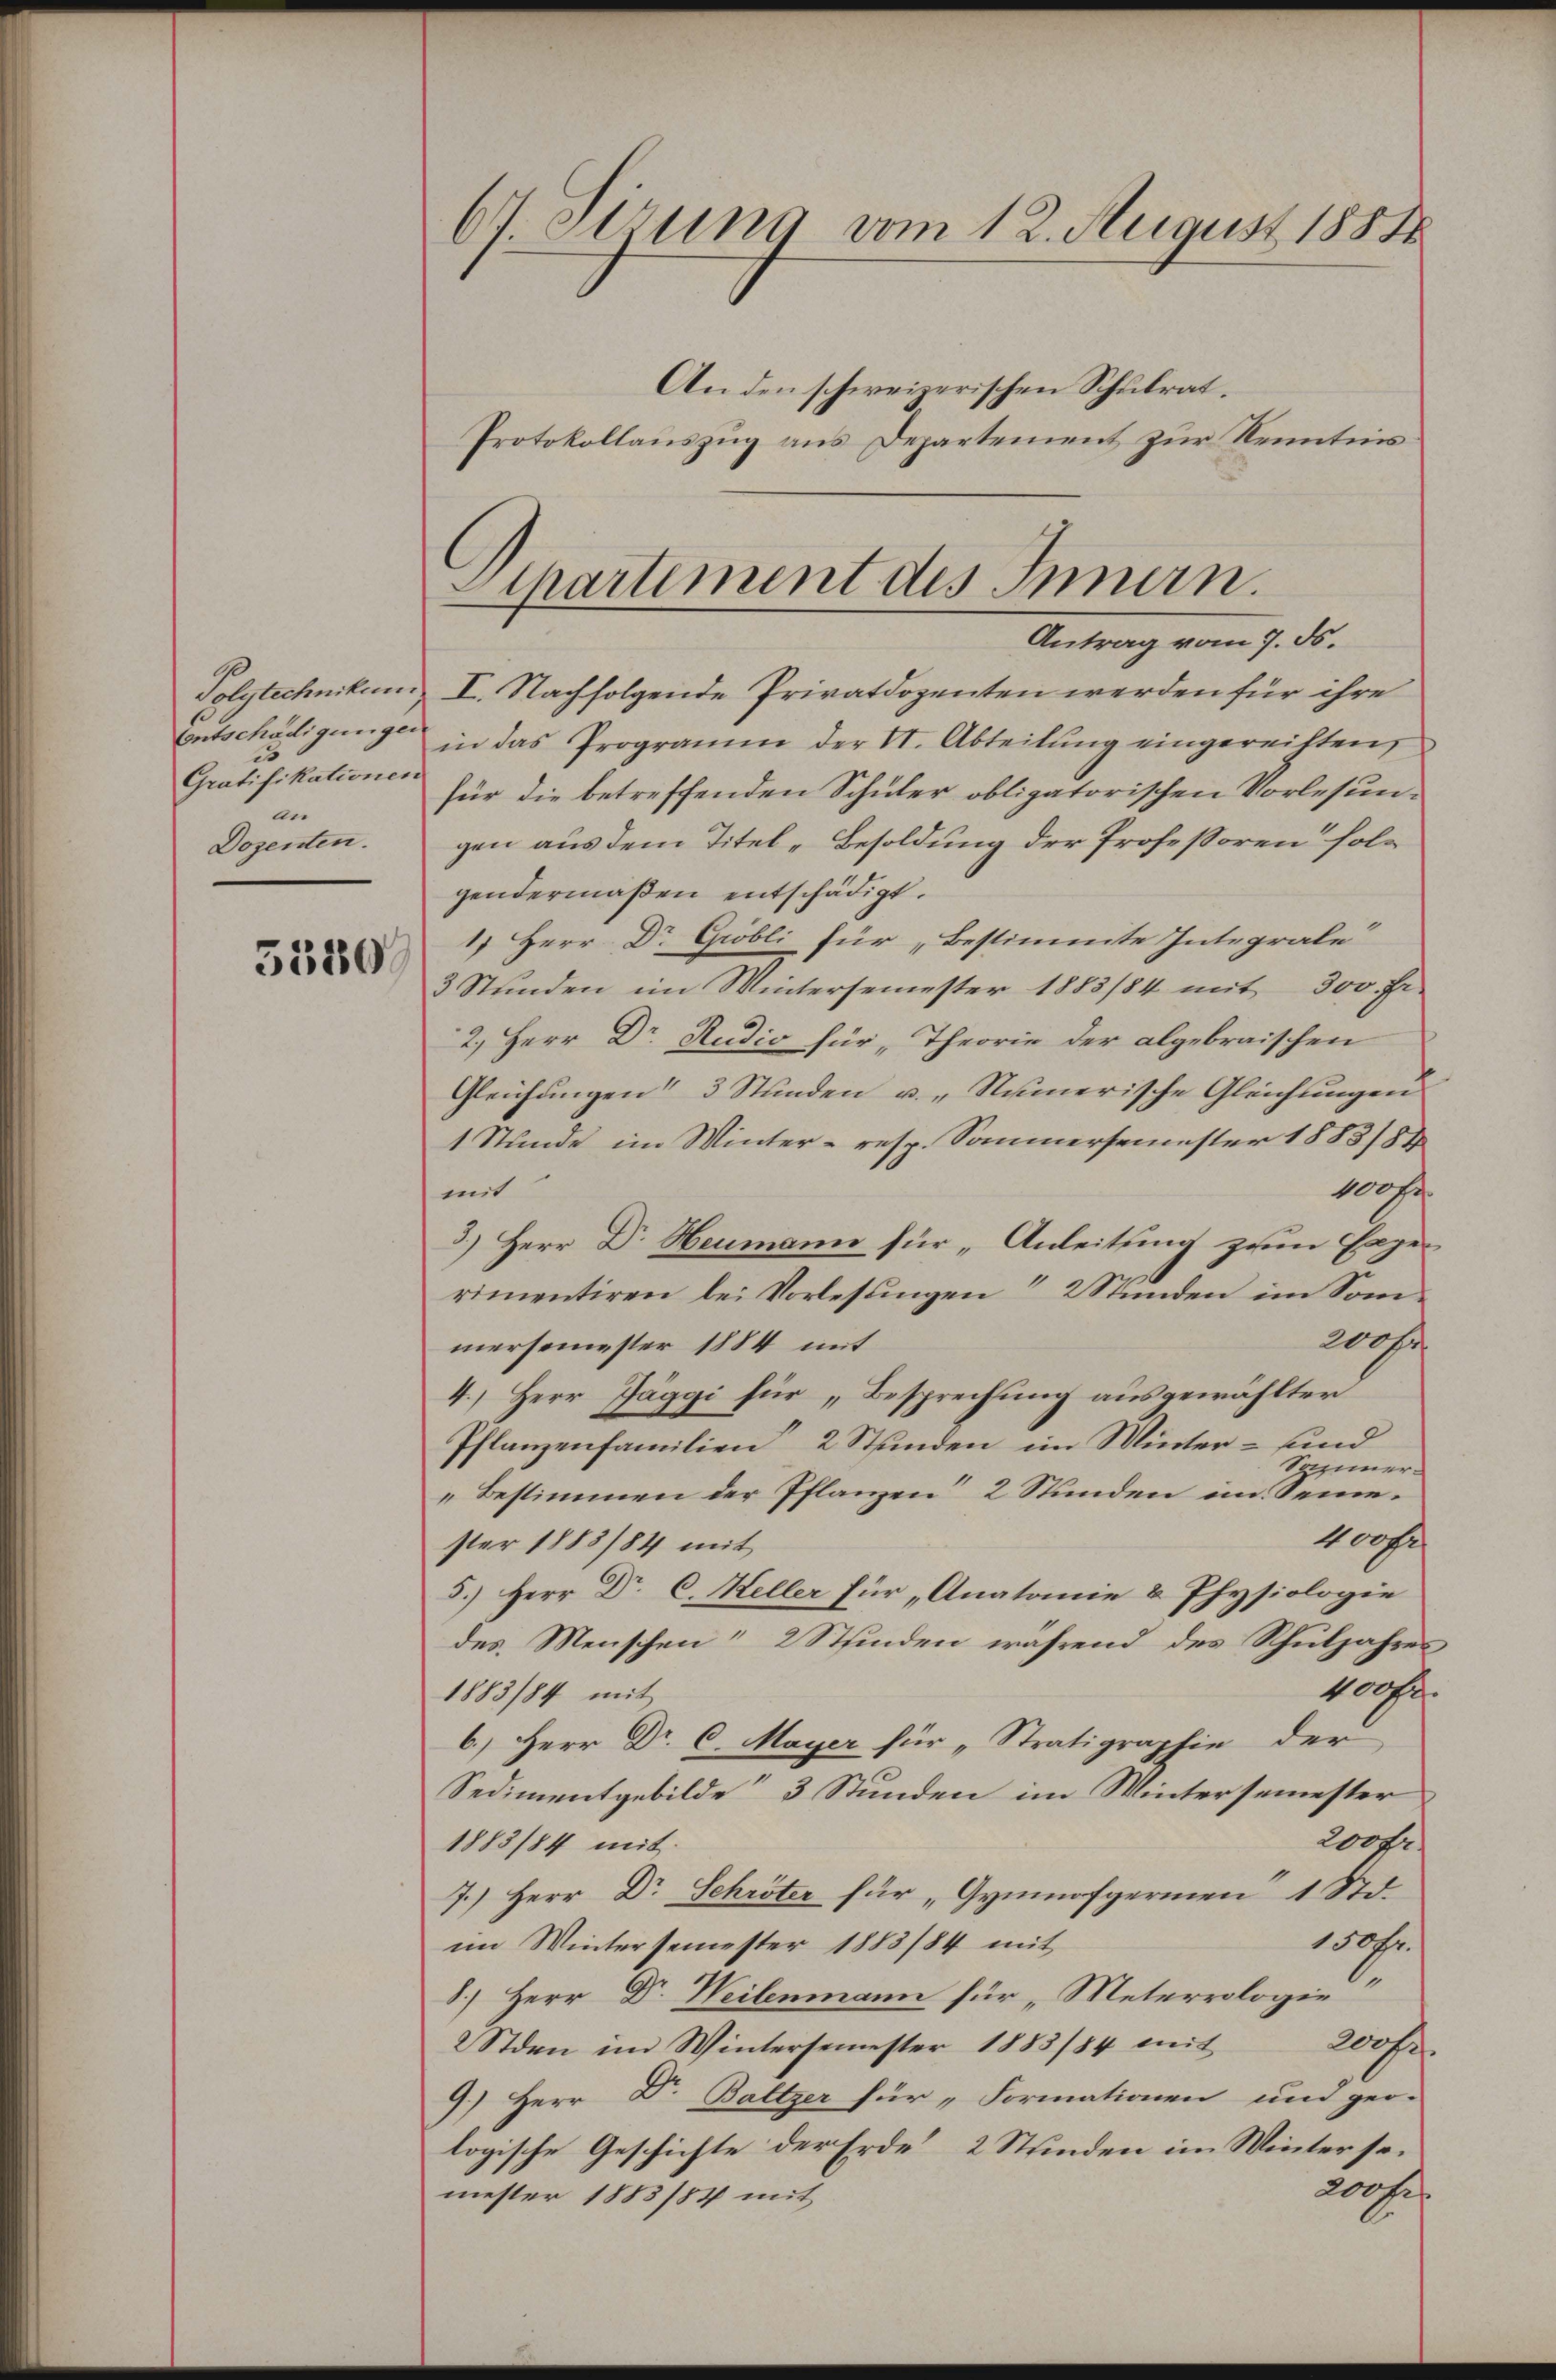
9
Volytechnikum
Entschädigungen
d
Gratifikationen
an
Dozenten.

5380

Et eerung vom 12. August 1888

An den schweizerischen Schulrat.
Protokollauszug aus Departement zur Kenntnis

I. Nachfolgende Privatdozenten werden für ihre
in das Programm der VI. Abteilŭng eingereichten,
für die betreffenden Schüler obligatorischen Vorlesungen aus dem Titel-Besoldung der Professoren folg
gendermaßen entschädigt.
1 Herr Dr Gröbli für „Bestimmte Integrale“
3 Stunden im Wintersemester 1883/84 mit 300. Fr.
2, Herr Dr. Studio für „Theorie der abgebraischen
Gleichungen 3 Stunden u. „Numerische Gleichungen
1 Stunde im Winter- resp. Sammersemester 1883/84
100fr.
mit
3.) Herr Dr. Heumann für „Anleitung zum Exper
rimentiren bei Vorlesungen " 2 Stunden im Som¬
200fr.
mersemester 1884 mit
4.) Herr Jäggi für „Besprechung ausgewählter
Pflanzenfamilien 2 Stunden im Winter- und
Sazimer¬
„Bestimmen der Pflanzen 2 Stunden im Semevonse
ster 1883/84 mit
5.) Herr Dr. C. Heller für „Anatomie & Physiologie
des Menschen 2 Stfinden während des Schuljahres
100.
1883/84 mit
6.) Herr Dr. C. Mayer für „Stratigraphie der
Sedimentgebilde“ 3 Stunden im Wintersemester
200 Fr.
1883/84 mit
7.) Herr Dr Schröter für „Gymnofgerien 1 Std.
ahr
im Wintersemester 1883/84 mit
8.) Herr Dr. Weilenmann für „Meterrologie
2h.
2 Stden im Wintersemester 1883/84 mit
9.) Herr Dr. Baltzer für „Formationen und geo-
logische Geschichte der Erde, 2 Stunden im Winter sei
200fr.
mester 1883/84 mit

Apartement des Innern.
Antrag vom 7. ds.